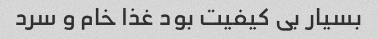
بسیار بی کیفیت بود غذا خام و سرد